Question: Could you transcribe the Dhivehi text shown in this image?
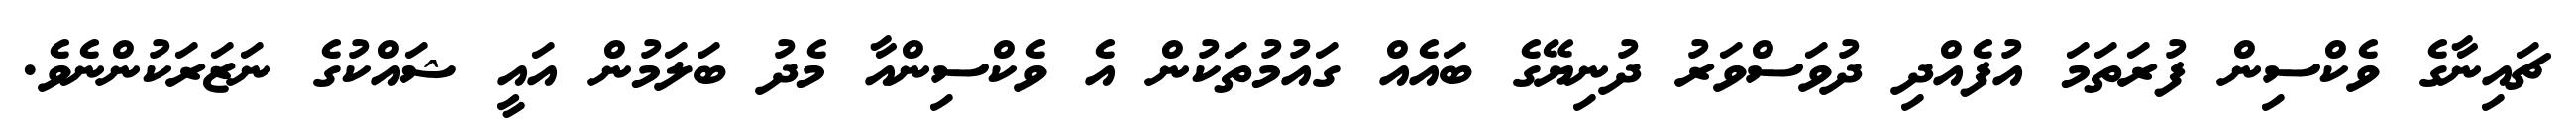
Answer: ޗައިނާގެ ވެކްސިން ފުރަތަމަ އުފެއްދި ދުވަސްވަރު ދުނިޔޭގެ ބައެއް ގައުމުތަކުން އެ ވެކްސިންއާ މެދު ބަލަމުން އައީ ޝައްކުގެ ނަޒަރަކުންނެވެ.